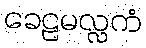
ခေဠမလ္လကံ